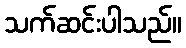
သက်ဆင်းပါသည်။